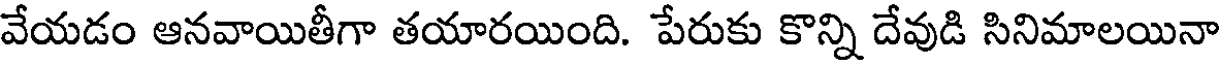
వేయడం ఆనవాయితీగా తయారయింది. పేరుకు కొన్ని దేవుడి సినిమాలయినా